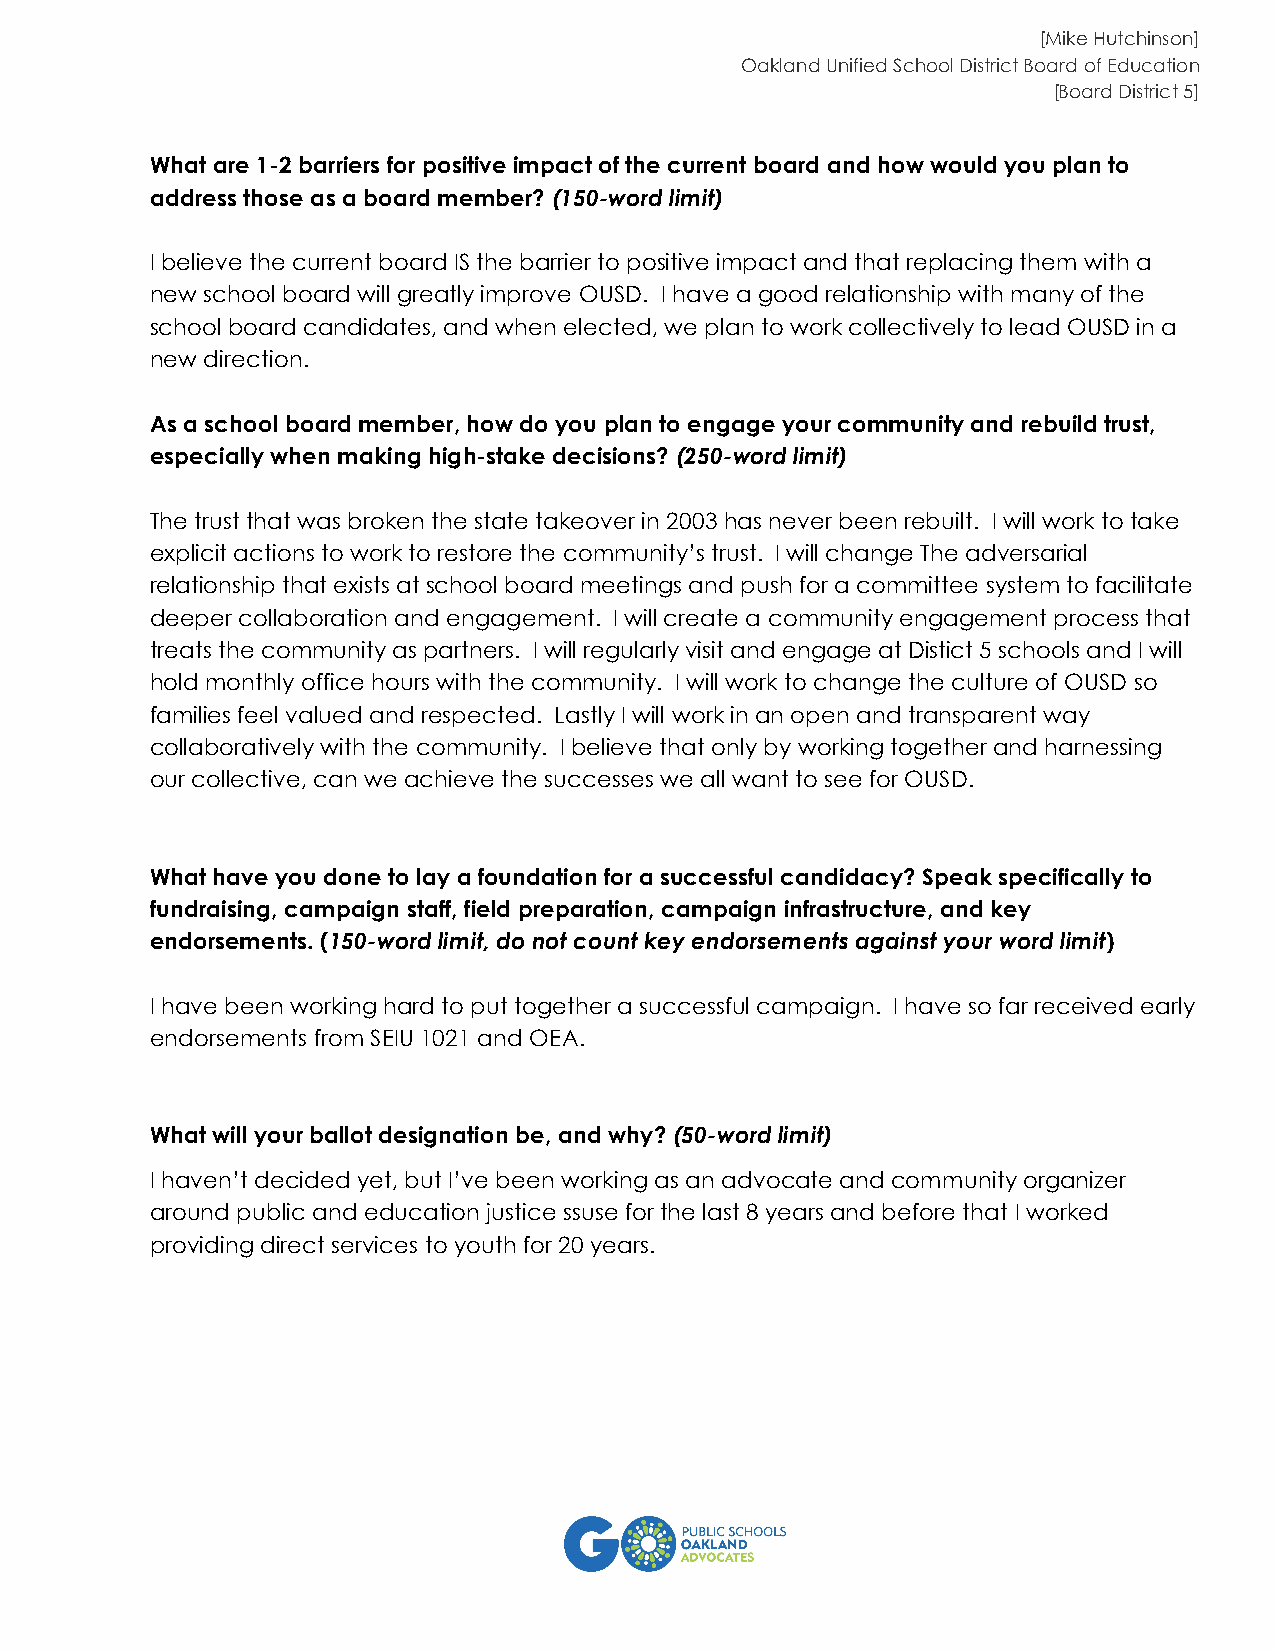
[Mike Hutchinson]
 Oakland Unified School District Board of Education
 [Board District 5]
 What are 1-2 barriers for positive impact of the current board and how would you plan to
 address those as a board member? (150-word limit)
 I believe the current board IS the barrier to positive impact and that replacing them with a
 new school board will greatly improve OUSD. I have a good relationship with many of the
 school board candidates, and when elected, we plan to work collectively to lead OUSD in a
 new direction.
 As a school board member, how do you plan to engage your community and rebuild trust,
 especially when making high-stake decisions? (250-word limit)
 The trust that was broken the state takeover in 2003 has never been rebuilt. I will work to take
 explicit actions to work to restore the community’s trust. I will change The adversarial
 relationship that exists at school board meetings and push for a committee system to facilitate
 deeper collaboration and engagement. I will create a community engagement process that
 treats the community as partners. I will regularly visit and engage at Distict 5 schools and I will
 hold monthly office hours with the community. I will work to change the culture of OUSD so
 families feel valued and respected. Lastly I will work in an open and transparent way
 collaboratively with the community. I believe that only by working together and harnessing
 our collective, can we achieve the successes we all want to see for OUSD.
 What have you done to lay a foundation for a successful candidacy? Speak specifically to
 fundraising, campaign staff, field preparation, campaign infrastructure, and key
 endorsements. (150-word limit, do not count key endorsements against your word limit)
 I have been working hard to put together a successful campaign. I have so far received early
 endorsements from SEIU 1021 and OEA.
 What will your ballot designation be, and why? (50-word limit)
 I haven’t decided yet, but I’ve been working as an advocate and community organizer
 around public and education justice ssuse for the last 8 years and before that I worked
 providing direct services to youth for 20 years.